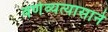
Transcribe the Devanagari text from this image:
वर्णव्यत्यासाने